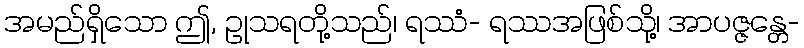
အမည်ရှိသော ဤ, ဥုသရတို့သည်၊ ရဿံ- ရဿအဖြစ်သို့၊ အာပဇ္ဇန္တေ-